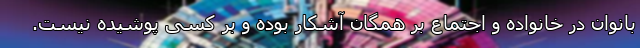
بانوان در خانواده و اجتماع بر همگان آشکار بوده و بر کسی پوشیده نیست.